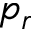
p _ { r }